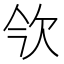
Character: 欦